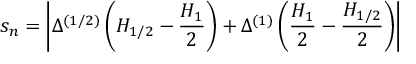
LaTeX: s _ { n } = \left| \Delta ^ { ( 1 / 2 ) } \left( H _ { 1 / 2 } - \frac { H _ { 1 } } { 2 } \right) + \Delta ^ { ( 1 ) } \left( \frac { H _ { 1 } } { 2 } - \frac { H _ { 1 / 2 } } { 2 } \right) \right|